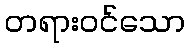
တရားဝင်သော